Annual report on the working of the Harcourt Butler Institute of Public Health, Rangoon
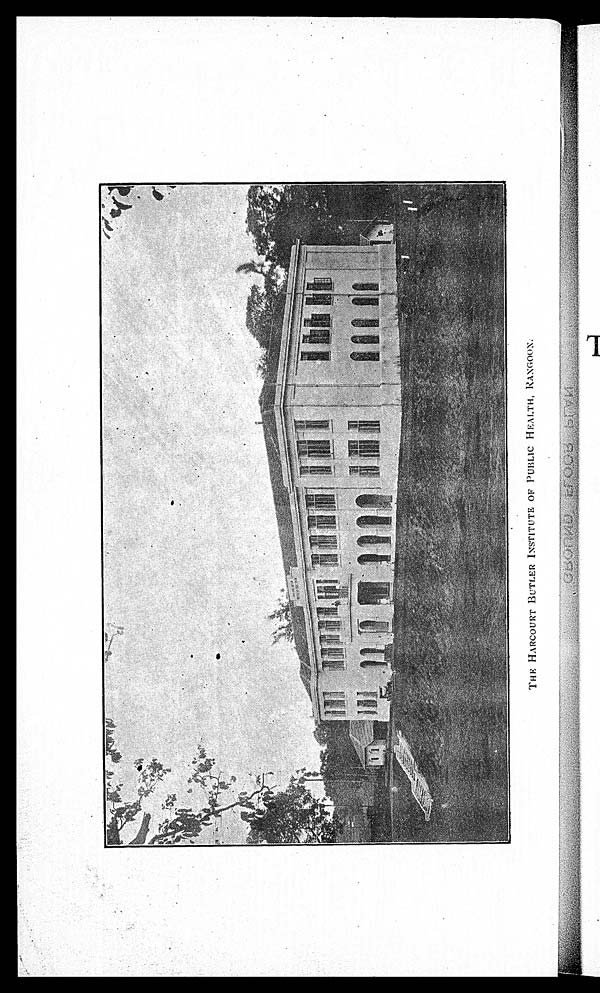
THE HARCOURT BUTLER INSTITUTE OF PUBLIC HEALTH, RANGOON.